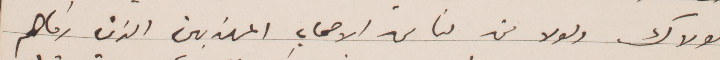
لولاك ولولا من لنا من الاصحاب المهذبين الذين رقاهم